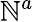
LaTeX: \mathbb{N}^{a}